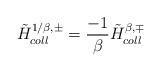
\begin{align*}{\tilde H}_{coll}^{1/\beta, \pm}={-1 \over \beta} {\tilde H}_{coll}^{\beta, \mp}\end{align*}